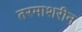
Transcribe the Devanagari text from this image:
तरमाशरीन